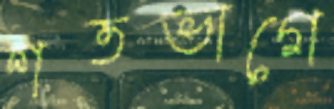
শতভাগে